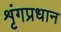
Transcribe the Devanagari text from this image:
शृंगप्रधान